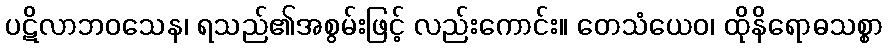
ပဋိလာဘဝသေန၊ ရသည်၏အစွမ်းဖြင့် လည်းကောင်း။ တေသံယေဝ၊ ထိုနိရောဓသစ္စာ